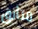
متأنق